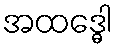
အထဒ္ဓေါ